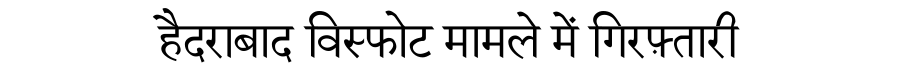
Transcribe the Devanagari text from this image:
हैदराबाद विस्फोट मामले में गिरफ़्तारी